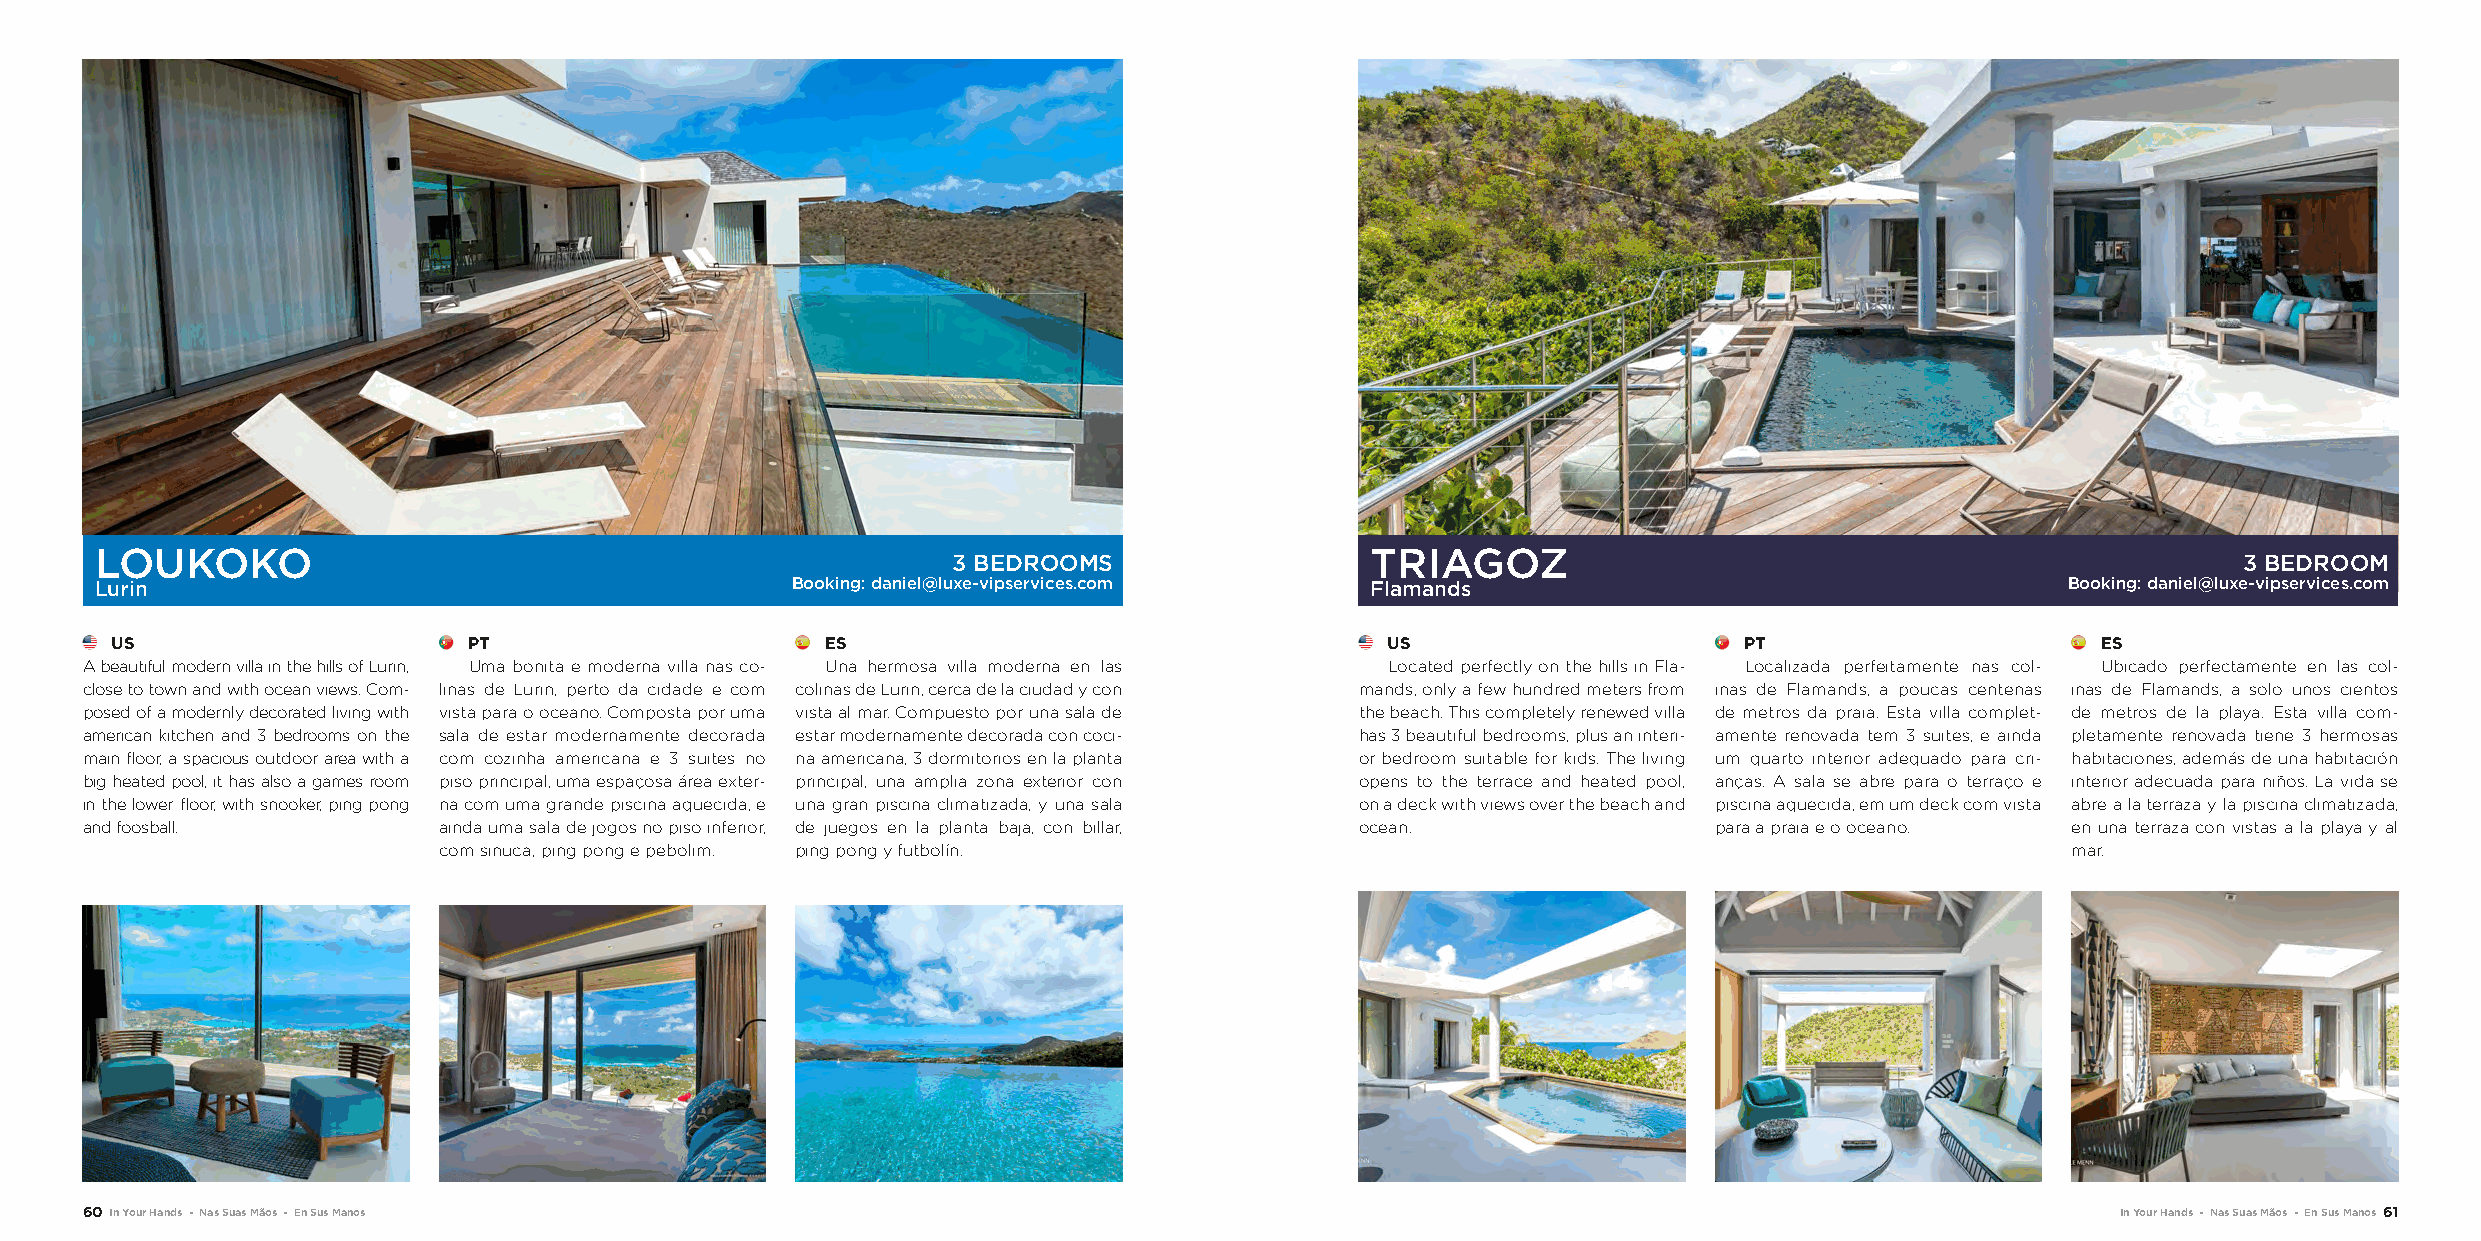
LOUKOKO                                                                              TRIAGOZ
 3 BEDROOMS                                                                           3 BEDROOM
 Lurin                                         Booking: daniel@luxe-vipservices.com   Flamands                                      Booking: daniel@luxe-vipservices.com
 US                      PT                      ES                                   US                     PT                      ES
 A beautiful modern villa in the hills of Lurin, Uma bonita e moderna villa nas co- Una hermosa villa moderna en las Located perfectly on the hills in Fla- Localizada perfeitamente nas col- Ubicado perfectamente en las col-
 close to town and with ocean views. Com- linas de Lurin, perto da cidade e com colinas de Lurin, cerca de la ciudad y con mands, only a few hundred meters from inas de Flamands, a poucas centenas inas de Flamands, a solo unos cientos
 posed of a modernly decorated living with vista para o oceano. Composta por uma vista al mar. Compuesto por una sala de the beach. This completely renewed villa de metros da praia. Esta villa complet- de metros de la playa. Esta villa com-
 american kitchen and 3 bedrooms on the sala de estar modernamente decorada estar modernamente decorada con coci- has 3 beautiful bedrooms, plus an interi- amente renovada tem 3 suites, e ainda pletamente renovada tiene 3 hermosas
 main floor, a spacious outdoor area with a com cozinha americana e 3 suites no na americana, 3 dormitorios en la planta or bedroom suitable for kids. The living um quarto interior adequado para cri- habitaciones, además de una habitación
 big heated pool, it has also a games room piso principal, uma espaçosa área exter- principal, una amplia zona exterior con opens to the terrace and heated pool, anças. A sala se abre para o terraço e interior adecuada para niños. La vida se
 in the lower floor, with snooker, ping pong na com uma grande piscina aquecida, e una gran piscina climatizada, y una sala on a deck with views over the beach and piscina aquecida, em um deck com vista abre a la terraza y la piscina climatizada,
 and foosball.           ainda uma sala de jogos no piso inferior, de juegos en la planta baja, con billar, ocean. para a praia e o oceano. en una terraza con vistas a la playa y al
 com sinuca, ping pong e pebolim. ping pong y futbolín.                                                      mar.
 60 In Your Hands - Nas Suas Mãos - En Sus Manos                                                                                        In Your Hands - Nas Suas Mãos - En Sus Manos 61